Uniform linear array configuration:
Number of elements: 48
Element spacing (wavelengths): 0.5
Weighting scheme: kaiser
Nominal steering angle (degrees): -15
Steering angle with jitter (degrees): -14.72
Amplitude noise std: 0.05
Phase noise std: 0.05

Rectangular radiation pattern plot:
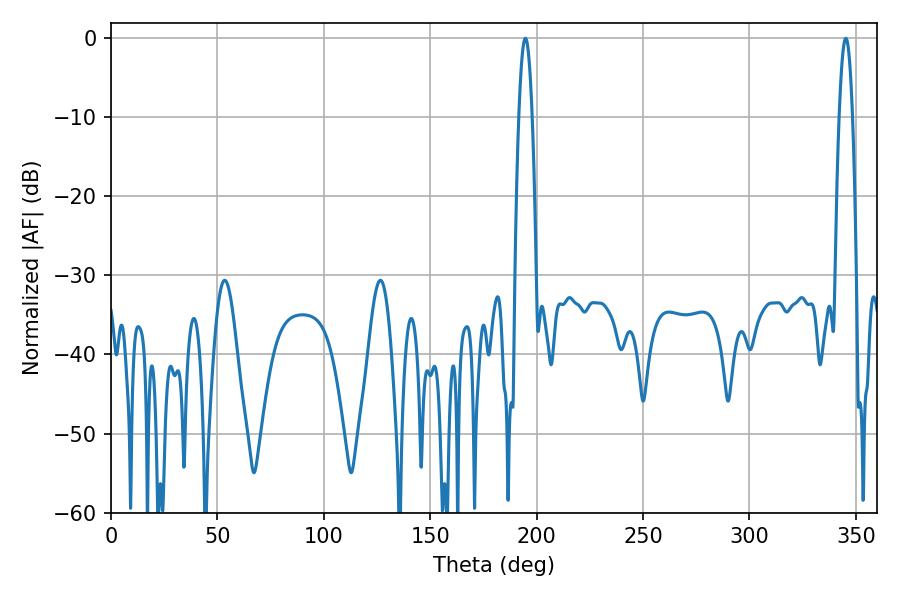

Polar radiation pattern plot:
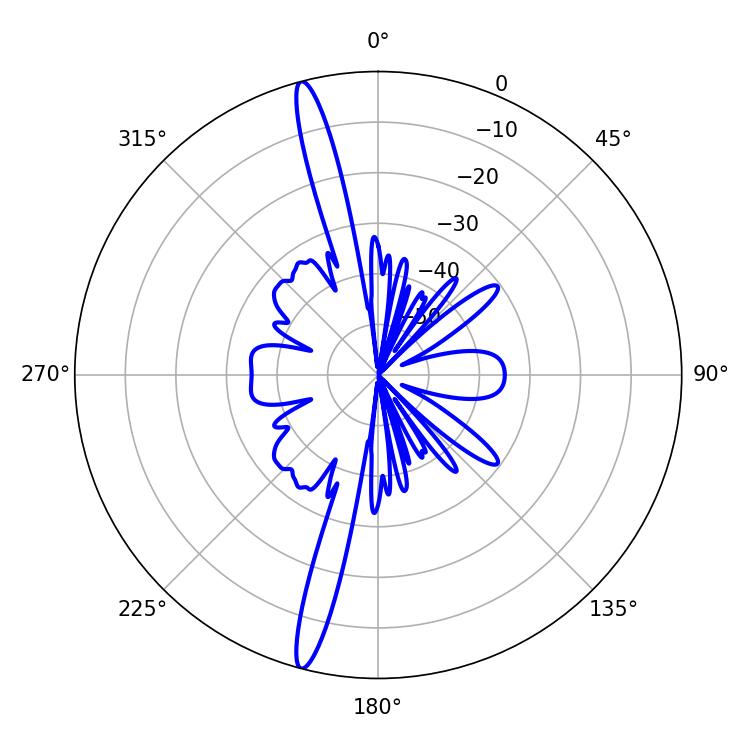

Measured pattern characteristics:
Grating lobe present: FALSE
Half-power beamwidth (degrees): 3.42
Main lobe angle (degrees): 194.76